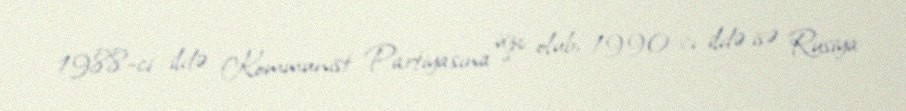
1988-ci ildə Kommunist Partiyasına üzv olub, 1990-cı ildə isə Rusiya